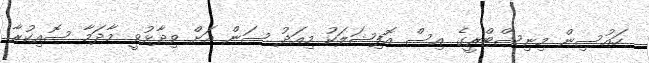
ހައުސިން މިނިސްޓްރީގެ އިސް އޮފިޝަލަކު މިއަދު ސަން އަށް ވިދާޅުވީ މާދަމާ ސޮއިކުރާ